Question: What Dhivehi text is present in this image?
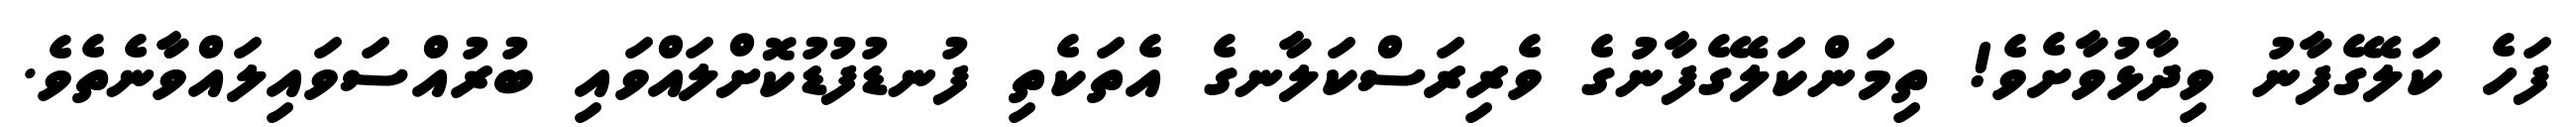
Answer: ފަހެ ކަލޭގެފާނު ވިދާޅުވާށެވެ! ތިމަންކަލޭގެފާނުގެ ވެރިރަސްކަލާނގެ އެތަކެތި ފުނޑުފުޑުކޮށްލައްވައި ބުރުއްސަވައިލައްވާނެތެވެ.